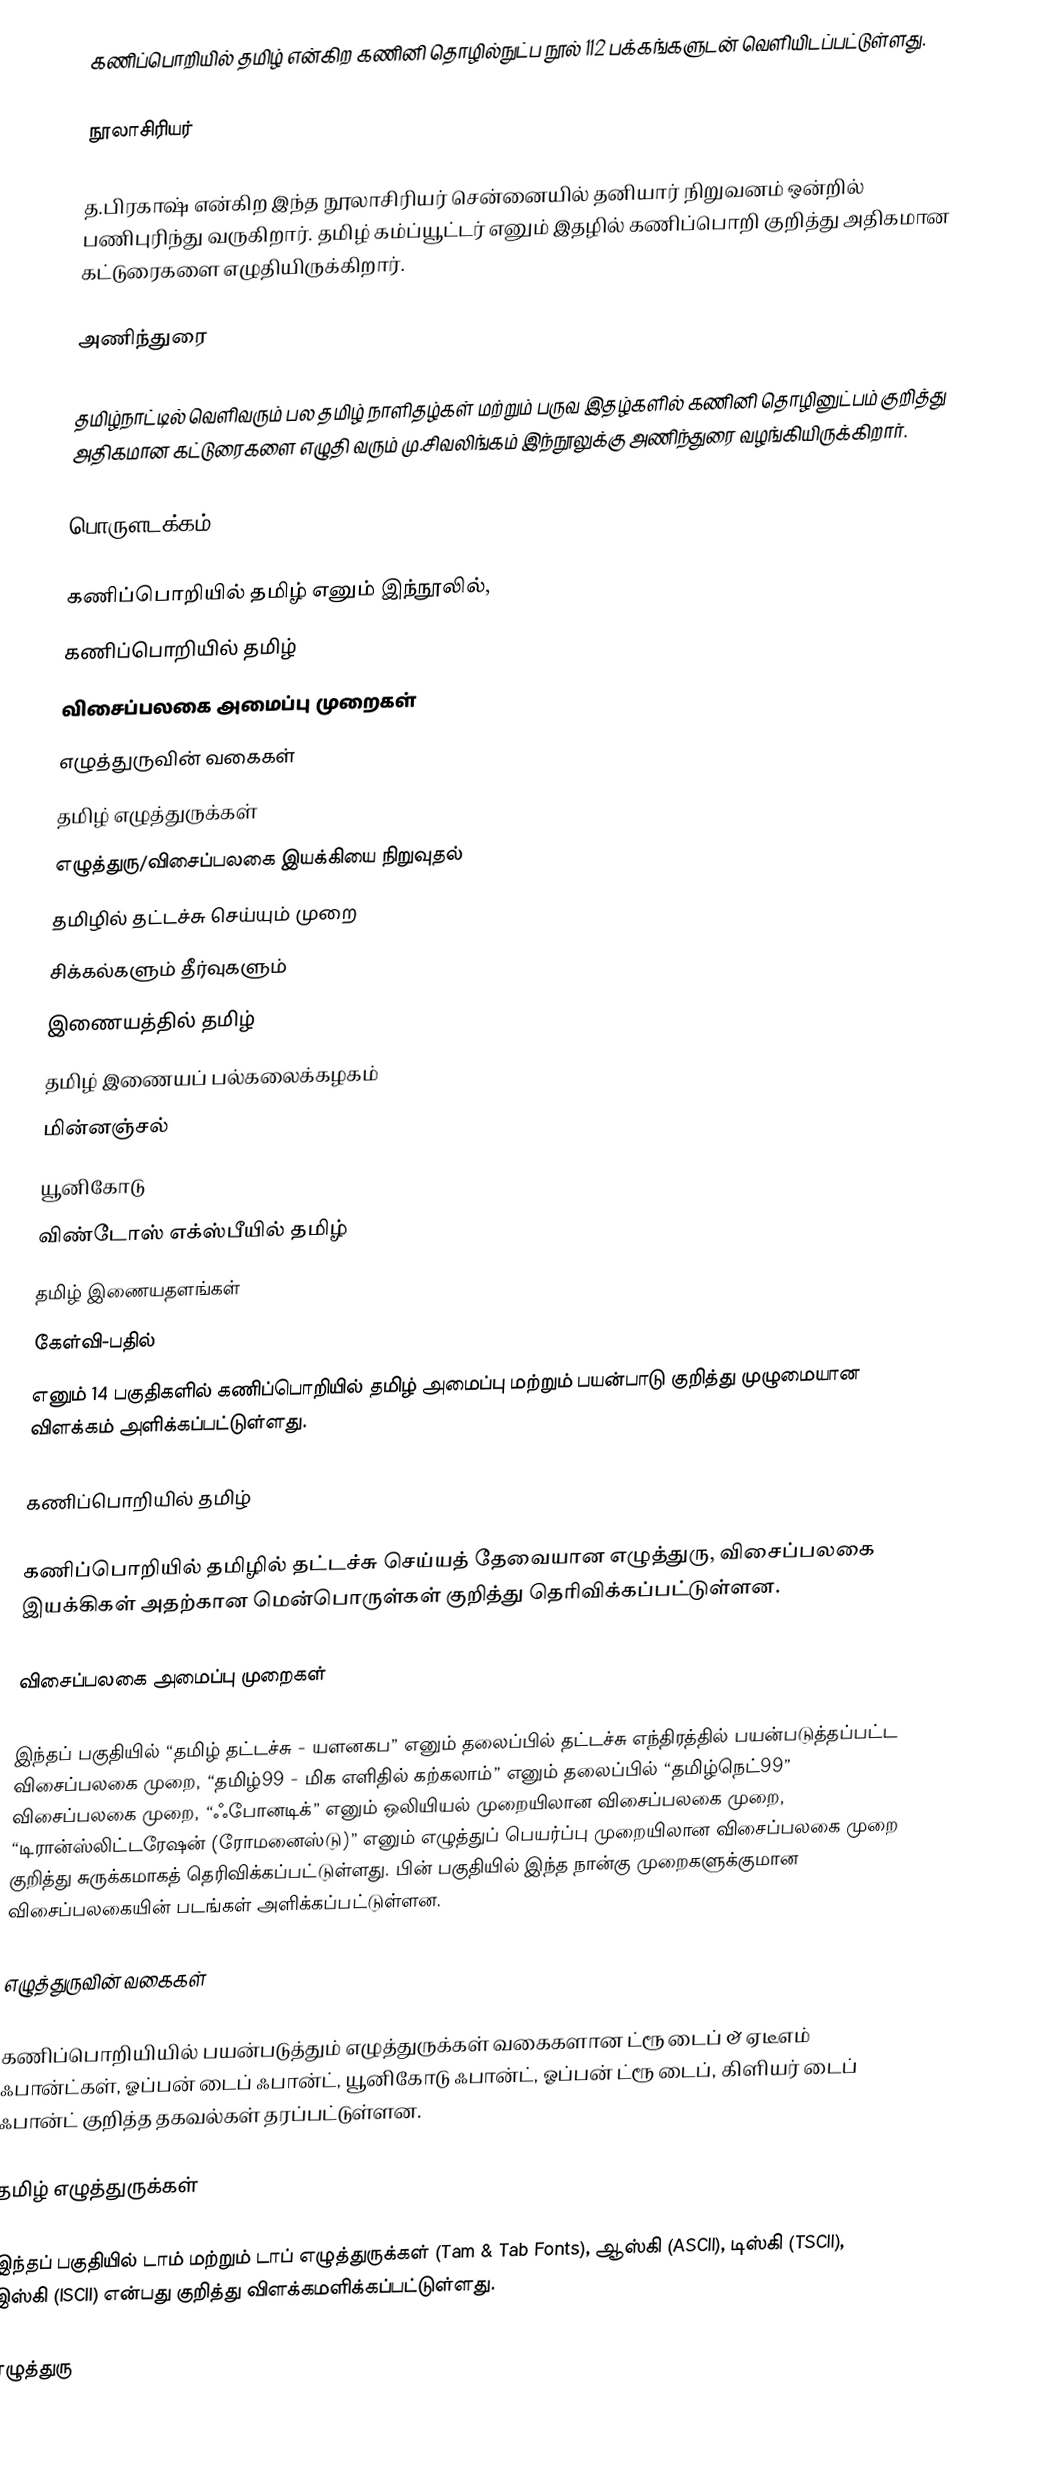
கணிப்பொறியில் தமிழ் என்கிற கணினி தொழில்நுட்ப நூல் 112 பக்கங்களுடன் வெளியிடப்பட்டுள்ளது.

நூலாசிரியர்

த.பிரகாஷ் என்கிற இந்த நூலாசிரியர் சென்னையில் தனியார் நிறுவனம் ஒன்றில் பணிபுரிந்து வருகிறார். தமிழ் கம்ப்யூட்டர் எனும் இதழில் கணிப்பொறி குறித்து அதிகமான கட்டுரைகளை எழுதியிருக்கிறார்.

அணிந்துரை

தமிழ்நாட்டில்  வெளிவரும் பல தமிழ் நாளிதழ்கள் மற்றும் பருவ இதழ்களில் கணினி தொழினுட்பம் குறித்து அதிகமான கட்டுரைகளை எழுதி வரும் மு.சிவலிங்கம் இந்நூலுக்கு அணிந்துரை வழங்கியிருக்கிறார்.

பொருளடக்கம்

கணிப்பொறியில் தமிழ் எனும் இந்நூலில்,
கணிப்பொறியில் தமிழ்
விசைப்பலகை அமைப்பு முறைகள்
எழுத்துருவின் வகைகள்
தமிழ் எழுத்துருக்கள்
எழுத்துரு/விசைப்பலகை இயக்கியை நிறுவுதல்
தமிழில் தட்டச்சு செய்யும் முறை
சிக்கல்களும் தீர்வுகளும்
இணையத்தில் தமிழ்
தமிழ் இணையப் பல்கலைக்கழகம்
மின்னஞ்சல்
யூனிகோடு
விண்டோஸ் எக்ஸ்பீயில் தமிழ்
தமிழ் இணையதளங்கள்
கேள்வி-பதில்
எனும் 14 பகுதிகளில் கணிப்பொறியில் தமிழ் அமைப்பு மற்றும் பயன்பாடு குறித்து முழுமையான விளக்கம் அளிக்கப்பட்டுள்ளது.

கணிப்பொறியில் தமிழ்

கணிப்பொறியில் தமிழில் தட்டச்சு செய்யத் தேவையான எழுத்துரு, விசைப்பலகை இயக்கிகள் அதற்கான மென்பொருள்கள் குறித்து தெரிவிக்கப்பட்டுள்ளன.

விசைப்பலகை அமைப்பு முறைகள்

இந்தப் பகுதியில் “தமிழ் தட்டச்சு - யளனகப” எனும் தலைப்பில் தட்டச்சு எந்திரத்தில் பயன்படுத்தப்பட்ட விசைப்பலகை முறை, “தமிழ்99 - மிக எளிதில் கற்கலாம்” எனும் தலைப்பில் “தமிழ்நெட்99” விசைப்பலகை முறை, “ஃபோனடிக்” எனும் ஒலியியல் முறையிலான விசைப்பலகை முறை, “டிரான்ஸ்லிட்டரேஷன் (ரோமனைஸ்டு)” எனும் எழுத்துப் பெயர்ப்பு முறையிலான விசைப்பலகை முறை குறித்து சுருக்கமாகத் தெரிவிக்கப்பட்டுள்ளது. பின் பகுதியில் இந்த நான்கு முறைகளுக்குமான விசைப்பலகையின் படங்கள் அளிக்கப்பட்டுள்ளன.

எழுத்துருவின் வகைகள்

கணிப்பொறியியில் பயன்படுத்தும் எழுத்துருக்கள் வகைகளான ட்ரூ டைப் & ஏடீஎம் ஃபான்ட்கள், ஓப்பன் டைப் ஃபான்ட், யூனிகோடு ஃபான்ட், ஓப்பன் ட்ரூ டைப், கிளியர் டைப் ஃபான்ட் குறித்த தகவல்கள் தரப்பட்டுள்ளன.

தமிழ் எழுத்துருக்கள்

இந்தப் பகுதியில் டாம் மற்றும் டாப் எழுத்துருக்கள் (Tam & Tab Fonts), ஆஸ்கி (ASCII), டிஸ்கி (TSCII), இஸ்கி (ISCII) என்பது குறித்து விளக்கமளிக்கப்பட்டுள்ளது.

எழுத்துரு